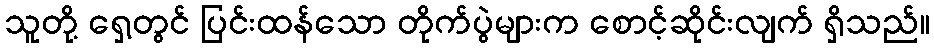
သူတို့ ရှေ့တွင် ပြင်းထန်သော တိုက်ပွဲများက စောင့်ဆိုင်းလျက် ရှိသည်။